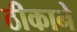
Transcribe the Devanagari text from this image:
ठीकाने